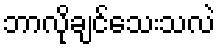
ဘာလိုချင်သေးသလဲ